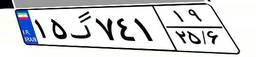
۱۵گ۷۴۱۱۹